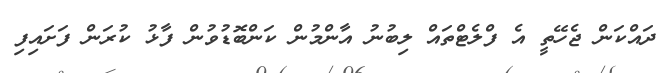
ދައްކަން ޖެހޭތީ އެ ފްލެޓްތައް ލިބުނު އާންމުން ކަންބޮޑުވުން ފާޅު ކުރަން ފަށައިފި